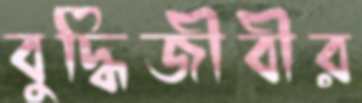
বুদ্ধিজীবীর